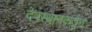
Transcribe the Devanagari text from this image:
देवस्थानकडून